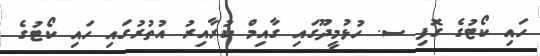
ހައި ކޯޓުގެ ގޮފި ސ. ހުޅުމީދޫގައި ގާއިމް ކުރާއިރު އުތުރުގައި ހައި ކޯޓުގެ